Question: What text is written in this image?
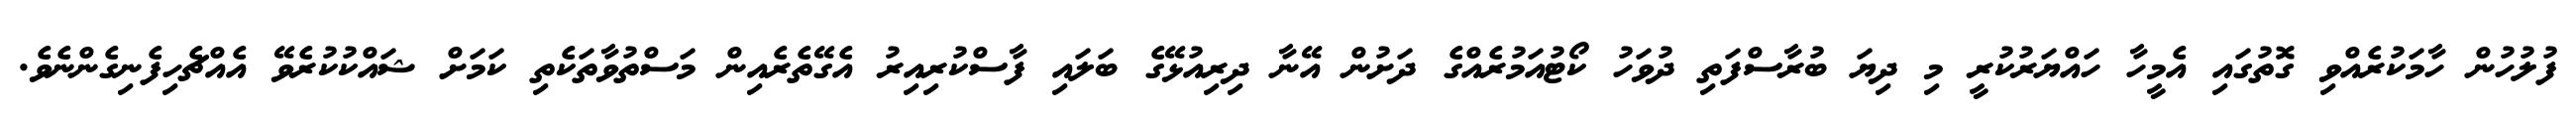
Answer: ފުލުހުން ހާމަކުރެއްވި ގޮތުގައި އެމީހާ ހައްޔަރުކުރީ މި ދިޔަ ބުރާސްފަތި ދުވަހު ކޯޓުއަމުރެއްގެ ދަށުން އޭނާ ދިރިއުޅޭގެ ބަލައި ފާސްކުރިއިރު އެގޭތެރެއިން މަސްތުވާތަކެތި ކަމަށް ޝައްކުކުރެވޭ އެއްޗެހިފެނިގެންނެވެ.